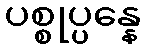
ပစ္စုပ္ပန္နေ